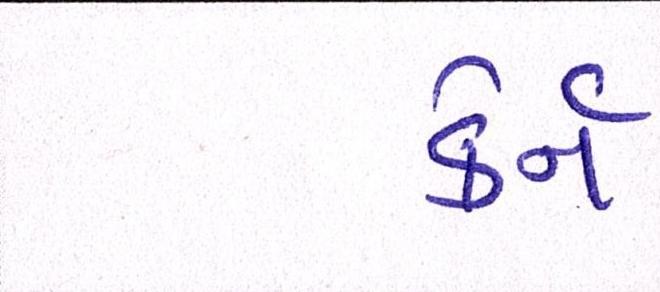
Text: કેર્ન